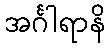
အင်္ဂါရာနိ